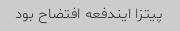
پیتزا ایندفعه افتضاح بود